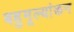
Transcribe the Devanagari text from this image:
बहुमूल्यांकन